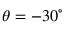
\theta = - 3 0 ^ { \circ }